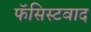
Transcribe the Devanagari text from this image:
फॅसिस्टवाद